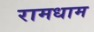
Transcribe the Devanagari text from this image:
रामधाम